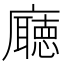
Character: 廰